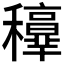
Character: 𥤁